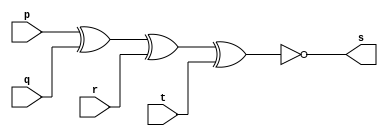
// ---------------------
// Guia01_03 - XNOR
// Nome: Bruno Cezar Andrade Viallet
// ---------------------

// ---------------------
// -- xnor gate
// ---------------------

module xnorgate (s, p, q, r, t);
 output s;
 input  p, q, r, t;

 assign s = ~(p ^ q ^ r ^ t);

endmodule // xnorgate

// ---------------------
// -- test xnor gate
// ---------------------

module testxnorgate;
 reg   a, b, c, d;
 wire  s;
          // instancia
 xnorgate XNOR1 (s, a, b, c, d);
 
          // parte principal
 initial begin
      $display("Guia01_03 - Bruno Cezar Andrade Viallet - 396679");
      $display("Test XNOR gate");
      $display("\n~(a ^ b ^ c ^ d) = s\n");
      a=0; b=0;c=0;d=0;
  #1  $display("~(%b ^ %b ^ %b ^ %b) = %b", a, b, c, d, s);
      a=0; b=0;c=0;d=1;
  #1  $display("~(%b ^ %b ^ %b ^ %b) = %b", a, b, c, d, s);
      a=0; b=0;c=1;d=0;
  #1  $display("~(%b ^ %b ^ %b ^ %b) = %b", a, b, c, d, s);
      a=0; b=0;c=1;d=1;
  #1  $display("~(%b ^ %b ^ %b ^ %b) = %b", a, b, c, d, s);
      a=0; b=1;c=0;d=0;
  #1  $display("~(%b ^ %b ^ %b ^ %b) = %b", a, b, c, d, s);
      a=0; b=1;c=0;d=1;
  #1  $display("~(%b ^ %b ^ %b ^ %b) = %b", a, b, c, d, s);
      a=0; b=1;c=1;d=0;
  #1  $display("~(%b ^ %b ^ %b ^ %b) = %b", a, b, c, d, s);
      a=0; b=1;c=1;d=1;
  #1  $display("~(%b ^ %b ^ %b ^ %b) = %b", a, b, c, d, s);
      a=1; b=0;c=0;d=0;
  #1  $display("~(%b ^ %b ^ %b ^ %b) = %b", a, b, c, d, s);
      a=1; b=0;c=0;d=1;
  #1  $display("~(%b ^ %b ^ %b ^ %b) = %b", a, b, c, d, s);
      a=1; b=0;c=1;d=0;
  #1  $display("~(%b ^ %b ^ %b ^ %b) = %b", a, b, c, d, s);
      a=1; b=0;c=1;d=1;
  #1  $display("~(%b ^ %b ^ %b ^ %b) = %b", a, b, c, d, s);
      a=1; b=1;c=0;d=0;
  #1  $display("~(%b ^ %b ^ %b ^ %b) = %b", a, b, c, d, s);
      a=1; b=1;c=0;d=1;
  #1  $display("~(%b ^ %b ^ %b ^ %b) = %b", a, b, c, d, s);
      a=1; b=1;c=1;d=0;
  #1  $display("~(%b ^ %b ^ %b ^ %b) = %b", a, b, c, d, s);
      a=1; b=1;c=1;d=1;
  #1  $display("~(%b ^ %b ^ %b ^ %b) = %b", a, b, c, d, s);				
 end

endmodule // testxnorgate